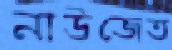
নাউজেত